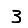
Digit: 3